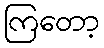
ကြတော့